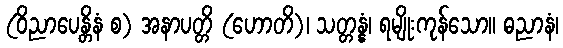
(ဝိညာပေန္တိနံ စ) အနာပတ္တိ (ဟောတိ)၊ သတ္တန္နံ၊ ရမျိုးကုန်သော။ ဓညာနံ၊